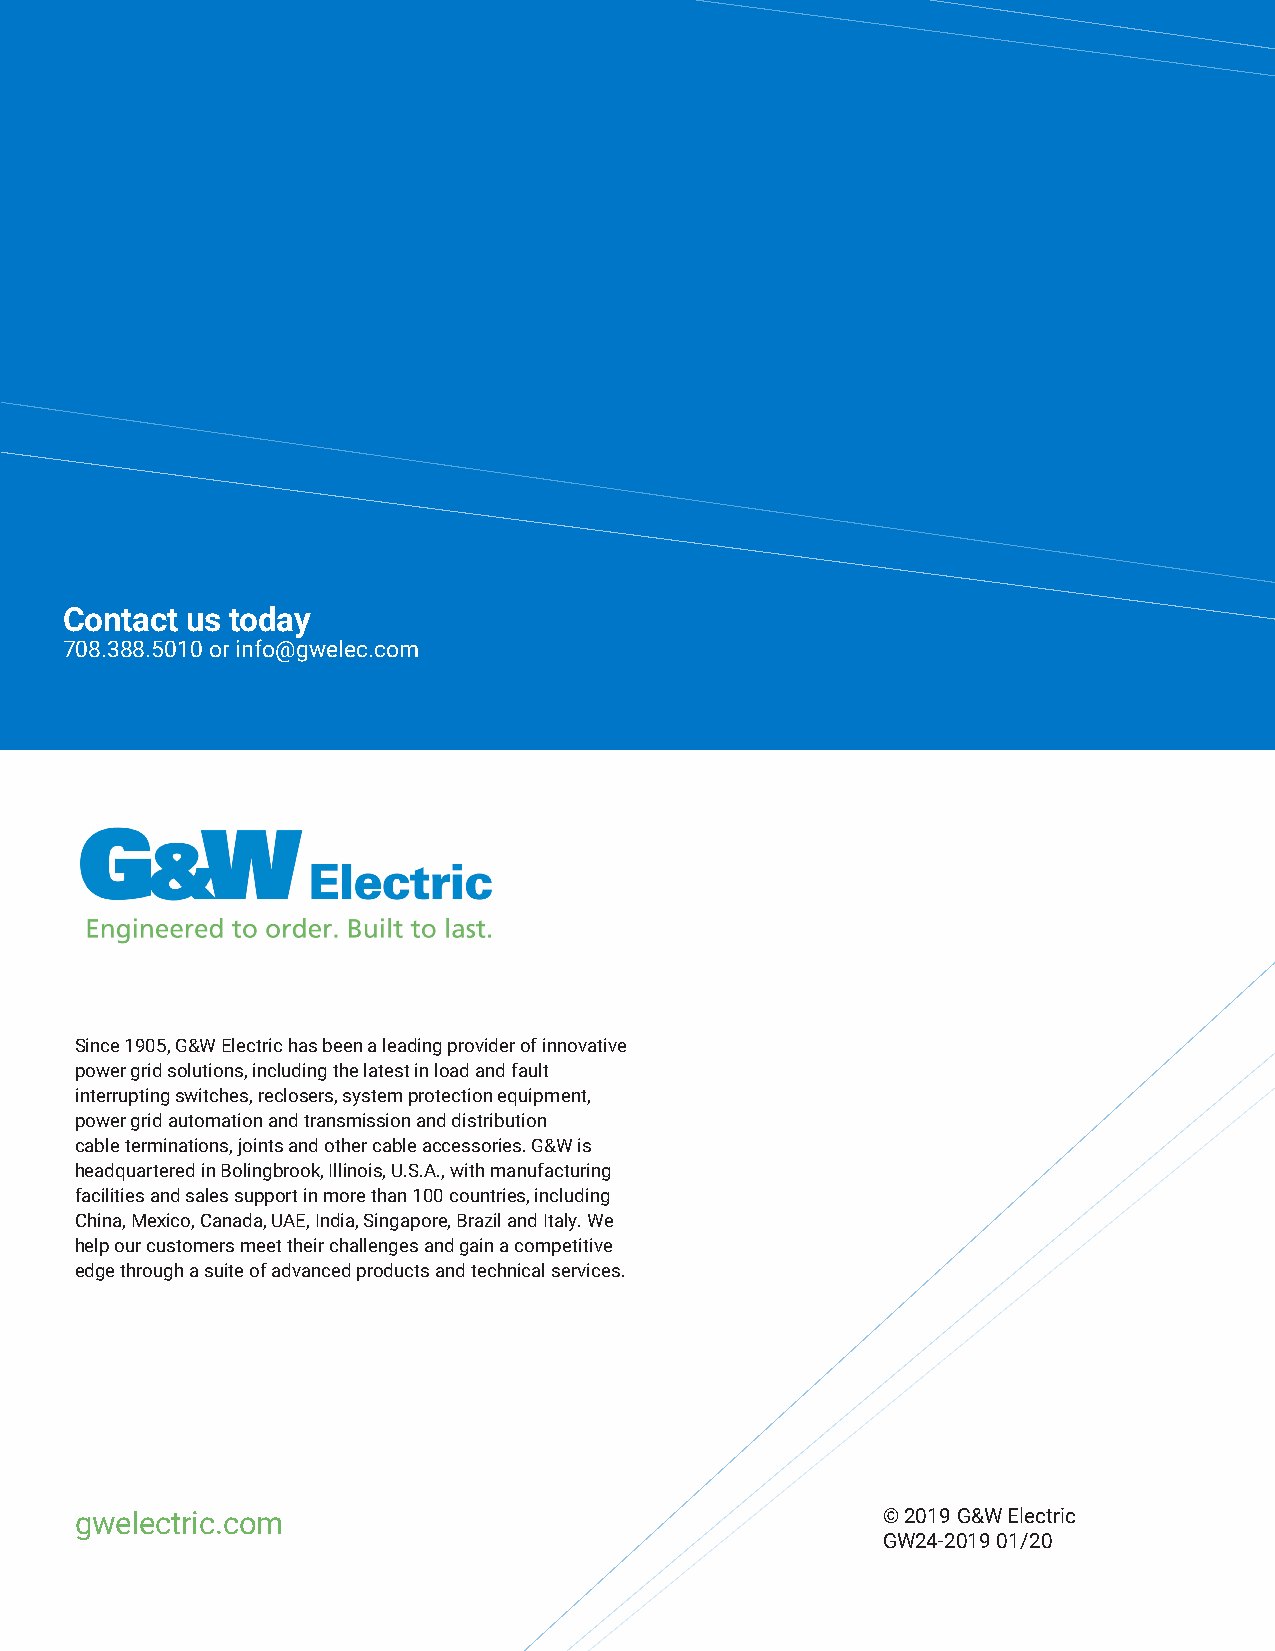
Contact us today
 708.388.5010 or info@gwelec.com
 Since 1905, G&W Electric has been a leading provider of innovative
 power grid solutions, including the latest in load and fault
 interrupting switches, reclosers, system protection equipment,
 power grid automation and transmission and distribution
 cable terminations, joints and other cable accessories. G&W is
 headquartered in Bolingbrook, Illinois, U.S.A., with manufacturing
 facilities and sales support in more than 100 countries, including
 China, Mexico, Canada, UAE, India, Singapore, Brazil and Italy. We
 help our customers meet their challenges and gain a competitive
 edge through a suite of advanced products and technical services.
 gwelectric.com                                       © 2019 G&W Electric
 GW24-2019 01/20